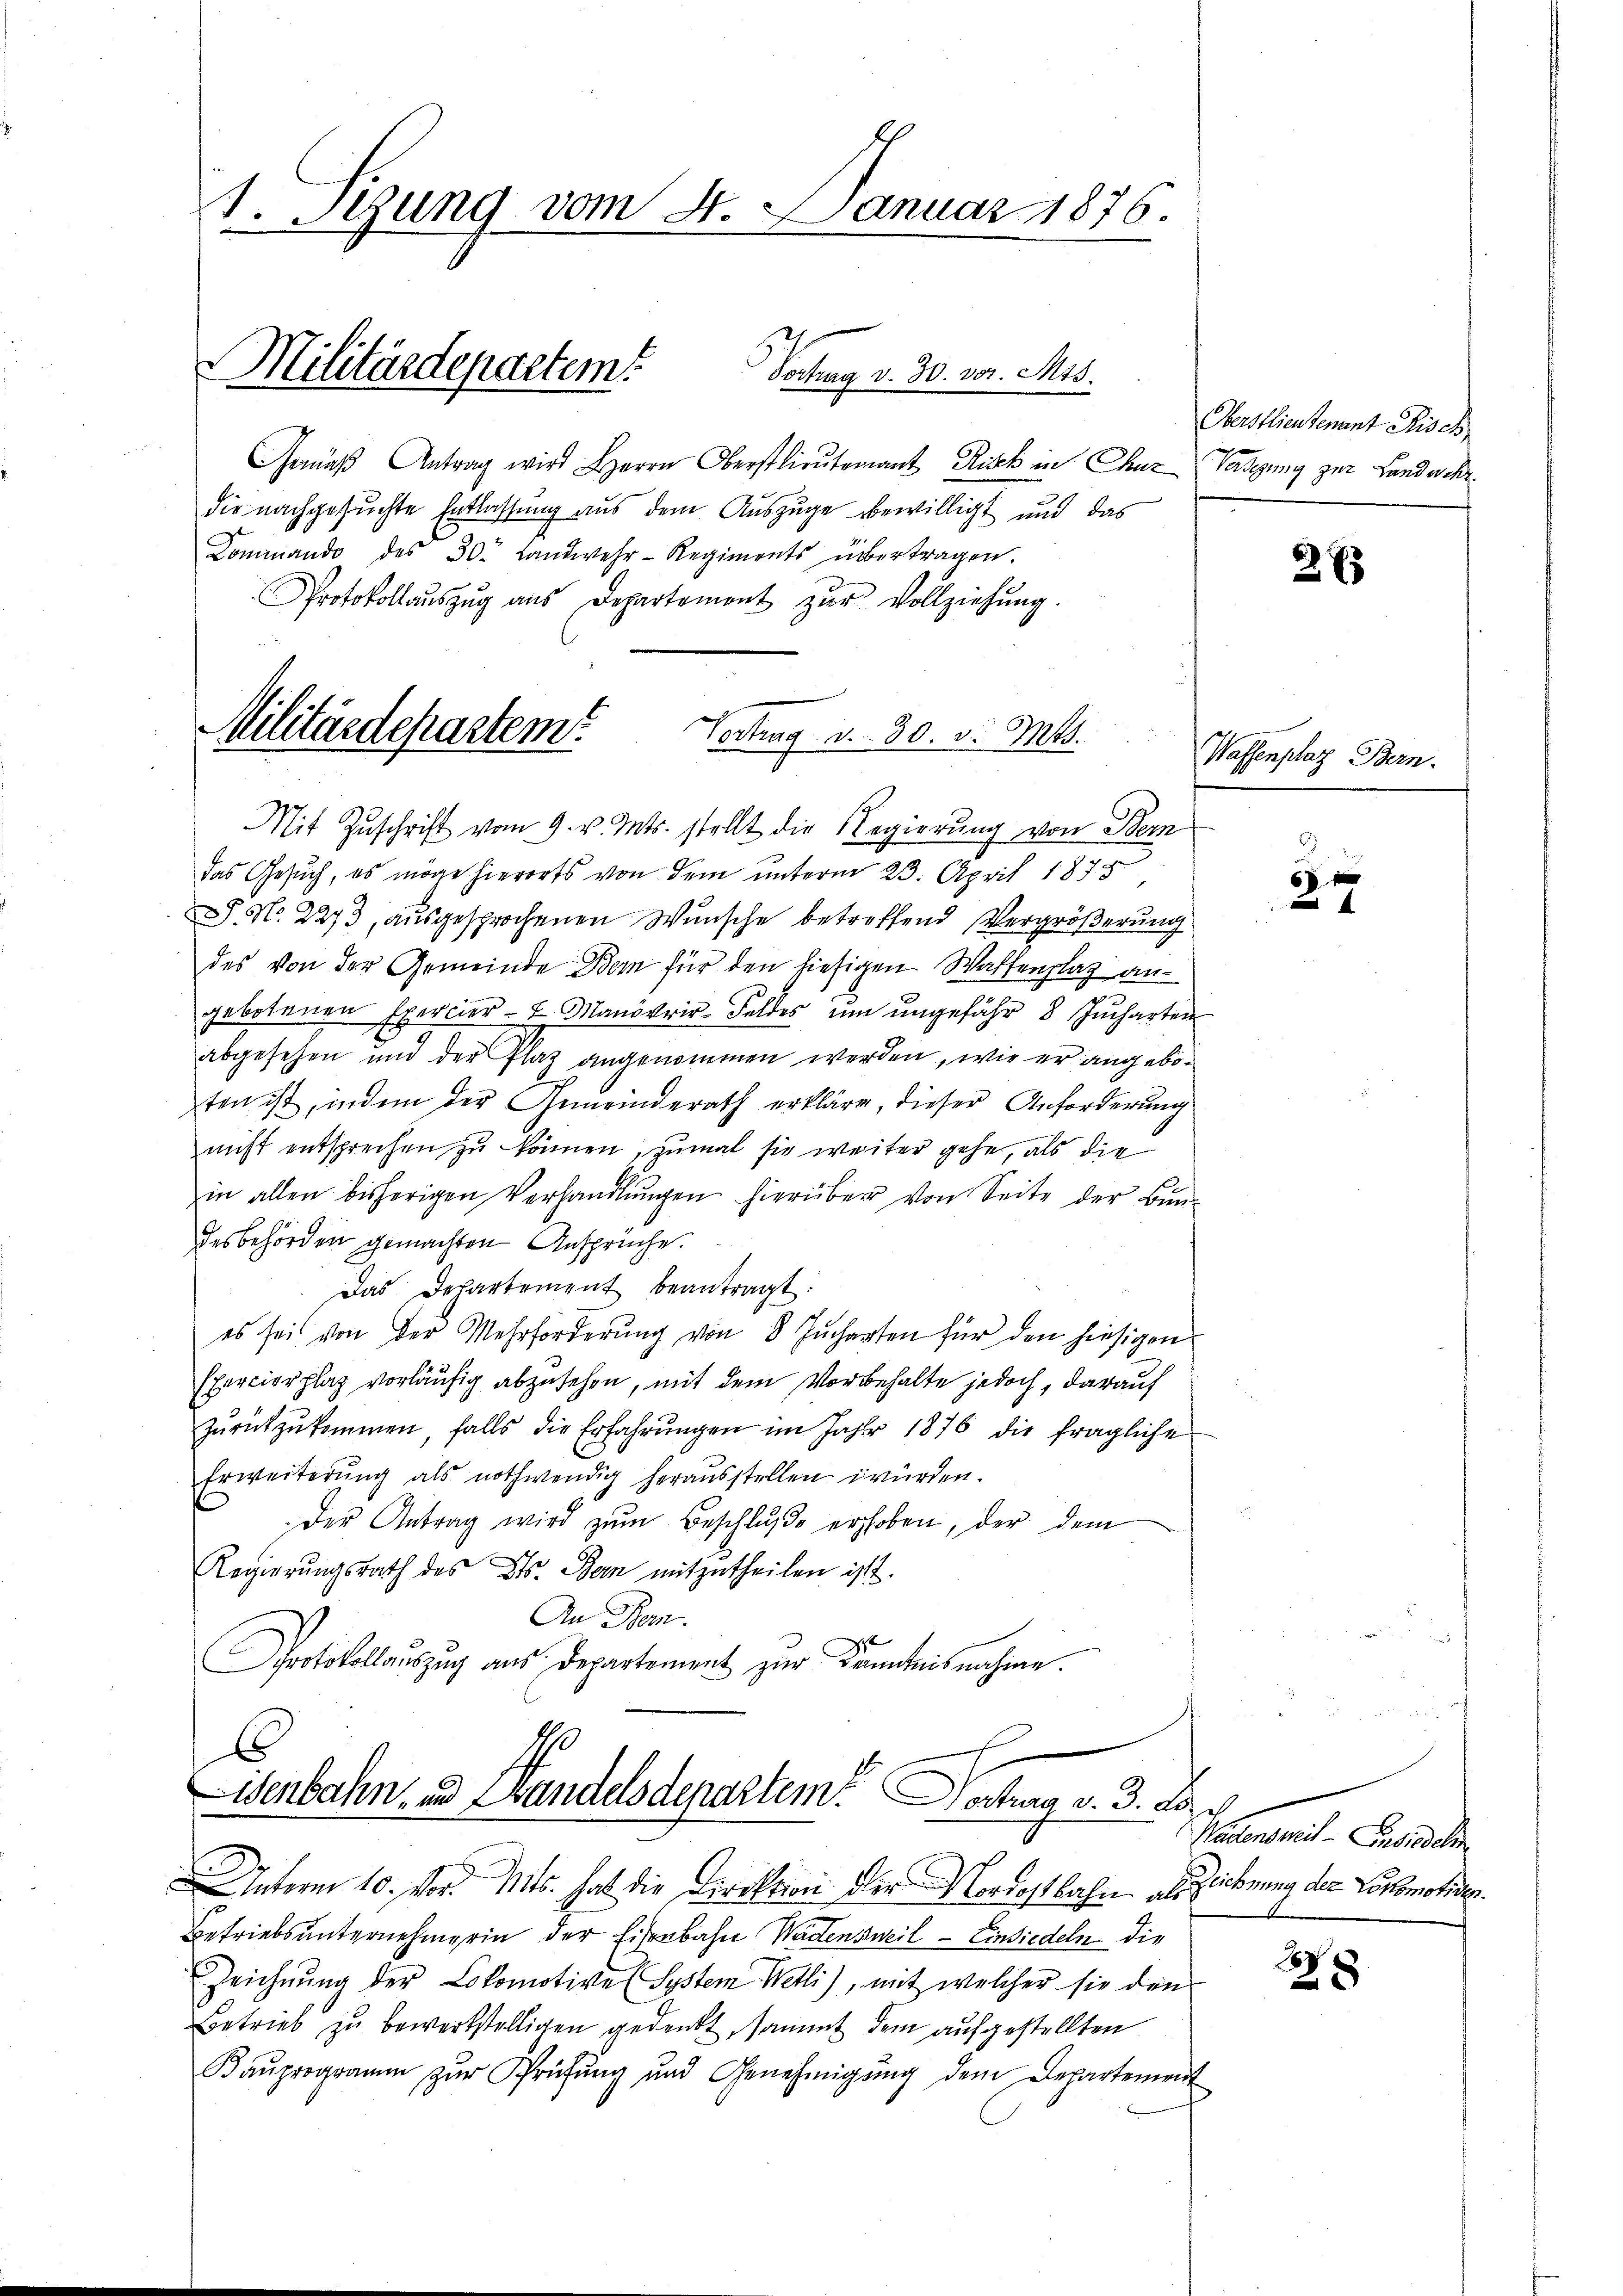
1. Sezung vom 2. Januar 1876.

Gemäβ Antrag wird Herrn Oberstlieutenant Risch in Chuz Vadigung zur Landwehrdie nachgesuchte Entlassung aus dem Auszuge bewilligt und das
Kommando des 30. Landwehr-Regiments übertragen.
Protokollauszug aus Departement zŭr Vollziehung.

Militärdepartem Vortrag v. 30. vor. Mts.

Militärdepartem Vertrag v. 30. v. Mts.

Mit Zuschrift vom 9. v. Mts. stellt die Regierung von Bern
das Gesuch, es möge hierorts von dem unterm 23. April 1878,
. No. 2273, ausgesprochenen Wunsche betreffend Vergrößerung
des von der Gemeinde Bern für den hiesigen Waffenplatz angebotenen Exercier- & Manövrir-Feldes um ungefähr 8 Jucharten
abgesehen und der Plaz angenommen werden, wie er angeboten ist, indem der Gemeinderath erkläre, dieser Anforderung
nicht entsprechen zu können, zumal sie weiter gehe, als die
in allen bisherigen Verhandlŭngen hierüber von Seite der Bun-
desbehörden gemachten Ansprüche.
Das Departement beantragt:
es sei von der Mehrforderŭng von 8 Jucharten für den hiesigen
Exercierplaz vorläufig abzusehen, mit dem Vorbehalte jedoch, darauf
zŭrückzŭkommen, falls die Erfahrŭngen im Jahr 1876 die fragliche
Erweiterŭng als nothwendig heraŭsstellen würden.
Der Antrag wird zŭm Beschlŭβe erhoben, der dem
Regierŭngsrath des Cts. Bern mitzutheilen ist.
An Bern.
Protokollauszug aus Departement zur Kenntnisnahme.

Eisenbahn- und Wandelsdepartem Vortrag v. 3. Lor

Oberstlieutenant Risch

Interm 10. vor. Mts. hat die Direktion der Nordostbahn als zeichnung der Lokomotiver
Betriebs unternehmerin der Eisenbahn Wädensweil Einsiedeln die
Zeichnŭng der Lokomotive System Wetli), mit welcher sie den
Betrieb zu bewerkstelligen gedenkt, sammt dem aufgestellten
Baŭprogramm zŭr Prüfŭng und Genehmigŭng dem Departement

2 x

Wassenplaz Bern.

6 x
d

Paten mit Zusicali

28